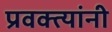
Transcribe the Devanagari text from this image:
प्रवक्त्यांनी